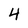
Character: 4